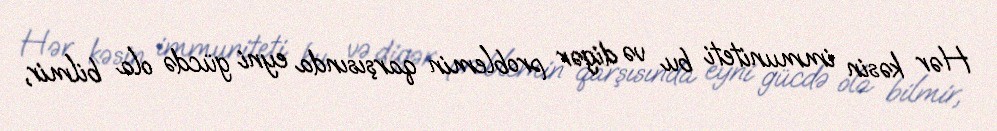
Hər kəsin immuniteti bu və digər problemin qarşısında eyni gücdə ola bilmir,